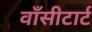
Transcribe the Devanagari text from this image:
वाँसीटार्ट